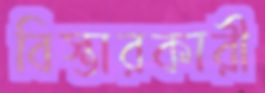
বিস্তারকারী